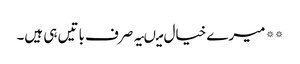
** میرے خیال میںیہ صرف باتیں ہی ہیں۔